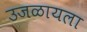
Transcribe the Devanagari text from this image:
उजळायला